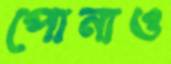
পোনাও